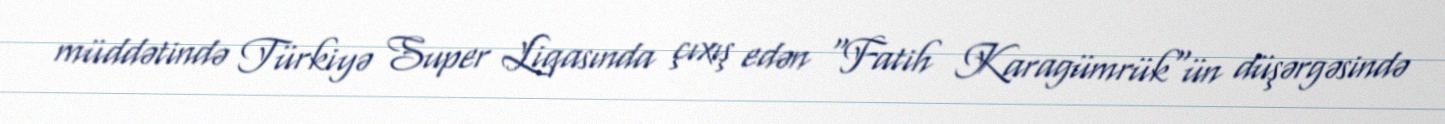
müddətində Türkiyə Super Liqasında çıxış edən "Fatih Karagümrük"ün düşərgəsində